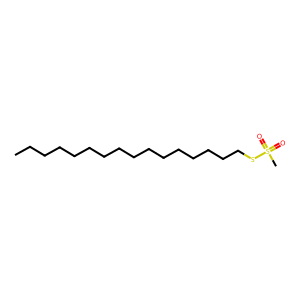
SMILES: CCCCCCCCCCCCCCCCSS(C)(=O)=O
Inhibits HIV replication: No